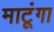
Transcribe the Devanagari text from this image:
माटूंगा